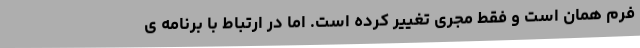
فرم همان است و فقط مجری تغییر کرده است. اما در ارتباط با برنامه ی